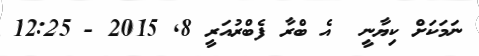
ނަމަކަށް ކިޔާނީ  އެ ބްރާ ފެބްރުއަރީ 8